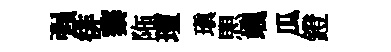
强徘蓁陁璮瑱愳颯瓜鐙